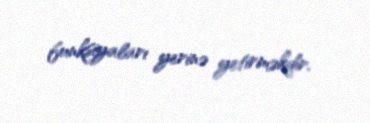
funksiyaları yerinə yetirməkdir.